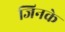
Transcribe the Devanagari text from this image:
जिनके